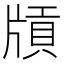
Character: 𤗤